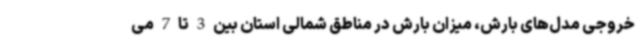
خروجی مدل‌های بارش، میزان بارش در مناطق شمالی استان بین 3 تا 7 می